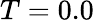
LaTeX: T=0.0